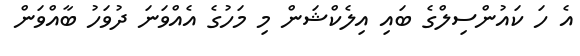
އެ ހަ ކައުންސިލްގެ ބައި އިލެކްޝަން މި މަހުގެ އެއްވަނަ ދުވަހު ބާއްވަން